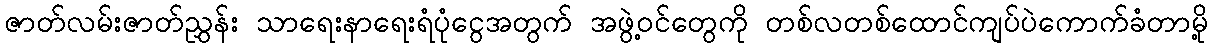
ဇာတ်လမ်းဇာတ်ညွှန်း သာရေးနာရေးရံပုံငွေအတွက် အဖွဲ့ဝင်တွေကို တစ်လတစ်ထောင်ကျပ်ပဲကောက်ခံတာမို့